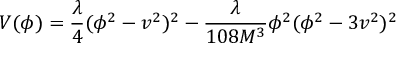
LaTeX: V ( \phi ) = \frac { \lambda } { 4 } ( \phi ^ { 2 } - v ^ { 2 } ) ^ { 2 } - \frac { \lambda } { 1 0 8 M ^ { 3 } } \phi ^ { 2 } ( \phi ^ { 2 } - 3 v ^ { 2 } ) ^ { 2 }